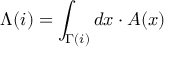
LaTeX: \Lambda ( i ) = \int _ { \Gamma ( i ) } d x \cdot A ( x )